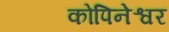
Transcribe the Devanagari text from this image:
कोपिनेश्वर